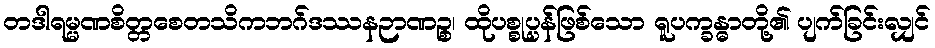
တဒါရမ္မဏစိတ္တစေတသိကဘဂ်ဒဿနဉာဏဉ္စ၊ ထိုပစ္စုပ္ပန်ဖြစ်သော ရူပက္ခန္ဓာတို့၏ ပျက်ခြင်းလျှင်